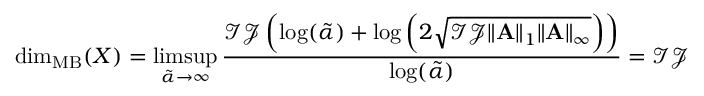
\mathrm { d i m } _ { \mathrm { M B } } ( X ) = \operatorname* { l i m s u p } _ { \tilde { \alpha } \rightarrow \infty } \frac { \mathcal { I } \mathcal { J } \left( \log ( \tilde { \alpha } ) + \log \left( 2 \sqrt { \mathcal { I } \mathcal { J } \| \mathbf { A } \| _ { 1 } \| \mathbf { A } \| _ { \infty } } \right) \right) } { \log ( \tilde { \alpha } ) } = \mathcal { I } \mathcal { J }